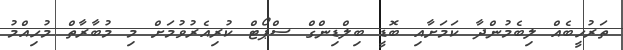
ތަރުހީބެއް ލިބެމުންދާ ކަމަށާއި ބޮޑީ ބިލްޑިންގް ސްޕޯޓް ކުރިއެރުވުމަށް މި މުބާރާތް މުހިއްމު